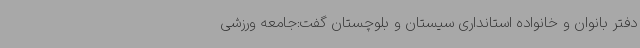
دفتر بانوان و خانواده استانداری سیستان و بلوچستان گفت:جامعه ورزشی